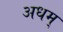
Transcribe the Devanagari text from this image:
अधम्